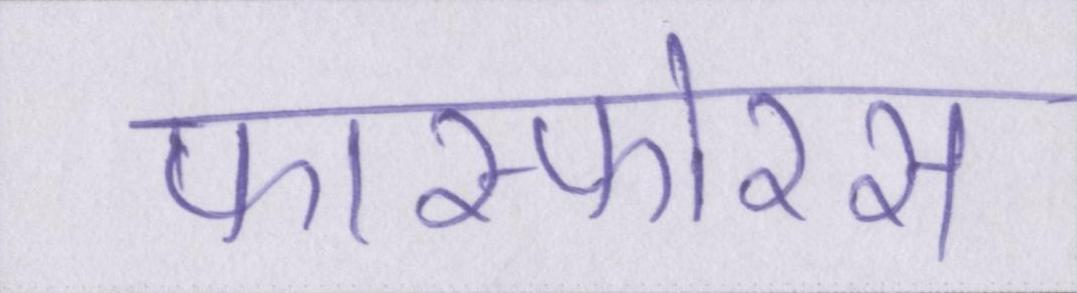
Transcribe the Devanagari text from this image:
फास्फोरस